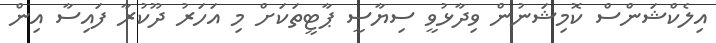
އިލެކްޝަންސް ކޮމިޝަނުން ވިދާޅުވީ ސިޔާސީ ޕާޓީތަކަށް މި އަހަރު ދޫކުރާ ފައިސާ އިން